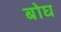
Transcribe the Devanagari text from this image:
बोघ